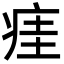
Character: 㾏